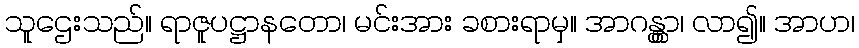
သူဌေးသည်။ ရာဇူပဋ္ဌာနတော၊ မင်းအား ခစားရာမှ။ အာဂန္တွာ၊ လာ၍။ အာဟ၊